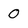
Character: 0